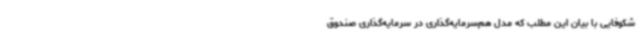
شکوفایی با بیان این مطلب که مدل هم‌سرمایه‌گذاری در سرمایه‌گذاری صندوق